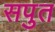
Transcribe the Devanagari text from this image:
सपुत